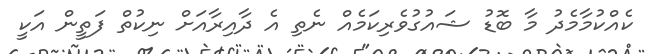
ކެއްކުމާމެދު މާ ބޮޑު ޝައުގުވެރިކަމެއް ނެތި އެ ދާއިރާއަށް ނިކުތް ފަތީން އަކީ